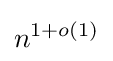
n^{1+o(1)}